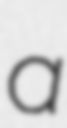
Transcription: a